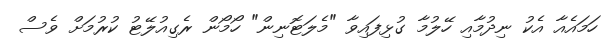
ހަމައެއާ އެކު ނިދުމާއި ހޭލުމާ ގުޅިފައިވާ "މެލަޓޮނިން" ހޯމޯން ރެގިއުލޭޓު ކުރުމަށް ވެސް